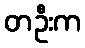
တဦးက